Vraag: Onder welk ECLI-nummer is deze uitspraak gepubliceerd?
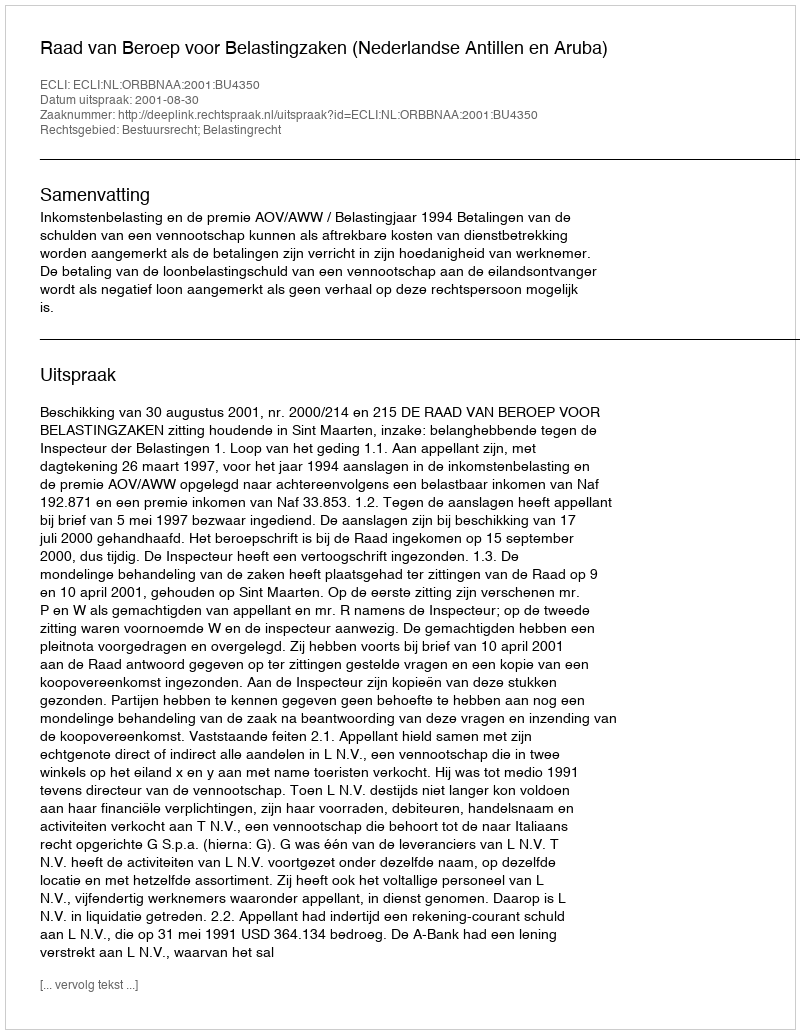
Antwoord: ECLI:NL:ORBBNAA:2001:BU4350